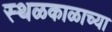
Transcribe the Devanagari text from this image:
स्थळकाळाच्या